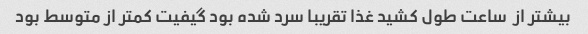
بیشتر از  ساعت طول کشید غذا تقریبا سرد شده بود گیفیت کمتر از متوسط بود